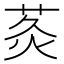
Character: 𮏅